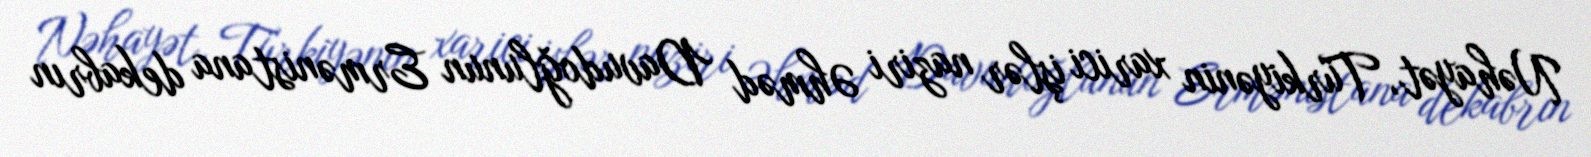
Nəhayət, Türkiyənin xarici işlər naziri Əhməd Davudoğlunun Ermənistana dekabrın